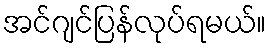
အင်ဂျင်ပြန်လုပ်ရမယ်။